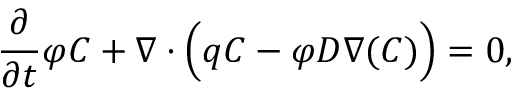
\frac { \partial } { \partial t } \varphi C + { \boldsymbol { \nabla } } \cdot \Big ( { \boldsymbol { q } } C - \varphi D { \boldsymbol { \nabla } } ( C ) \Big ) = 0 ,